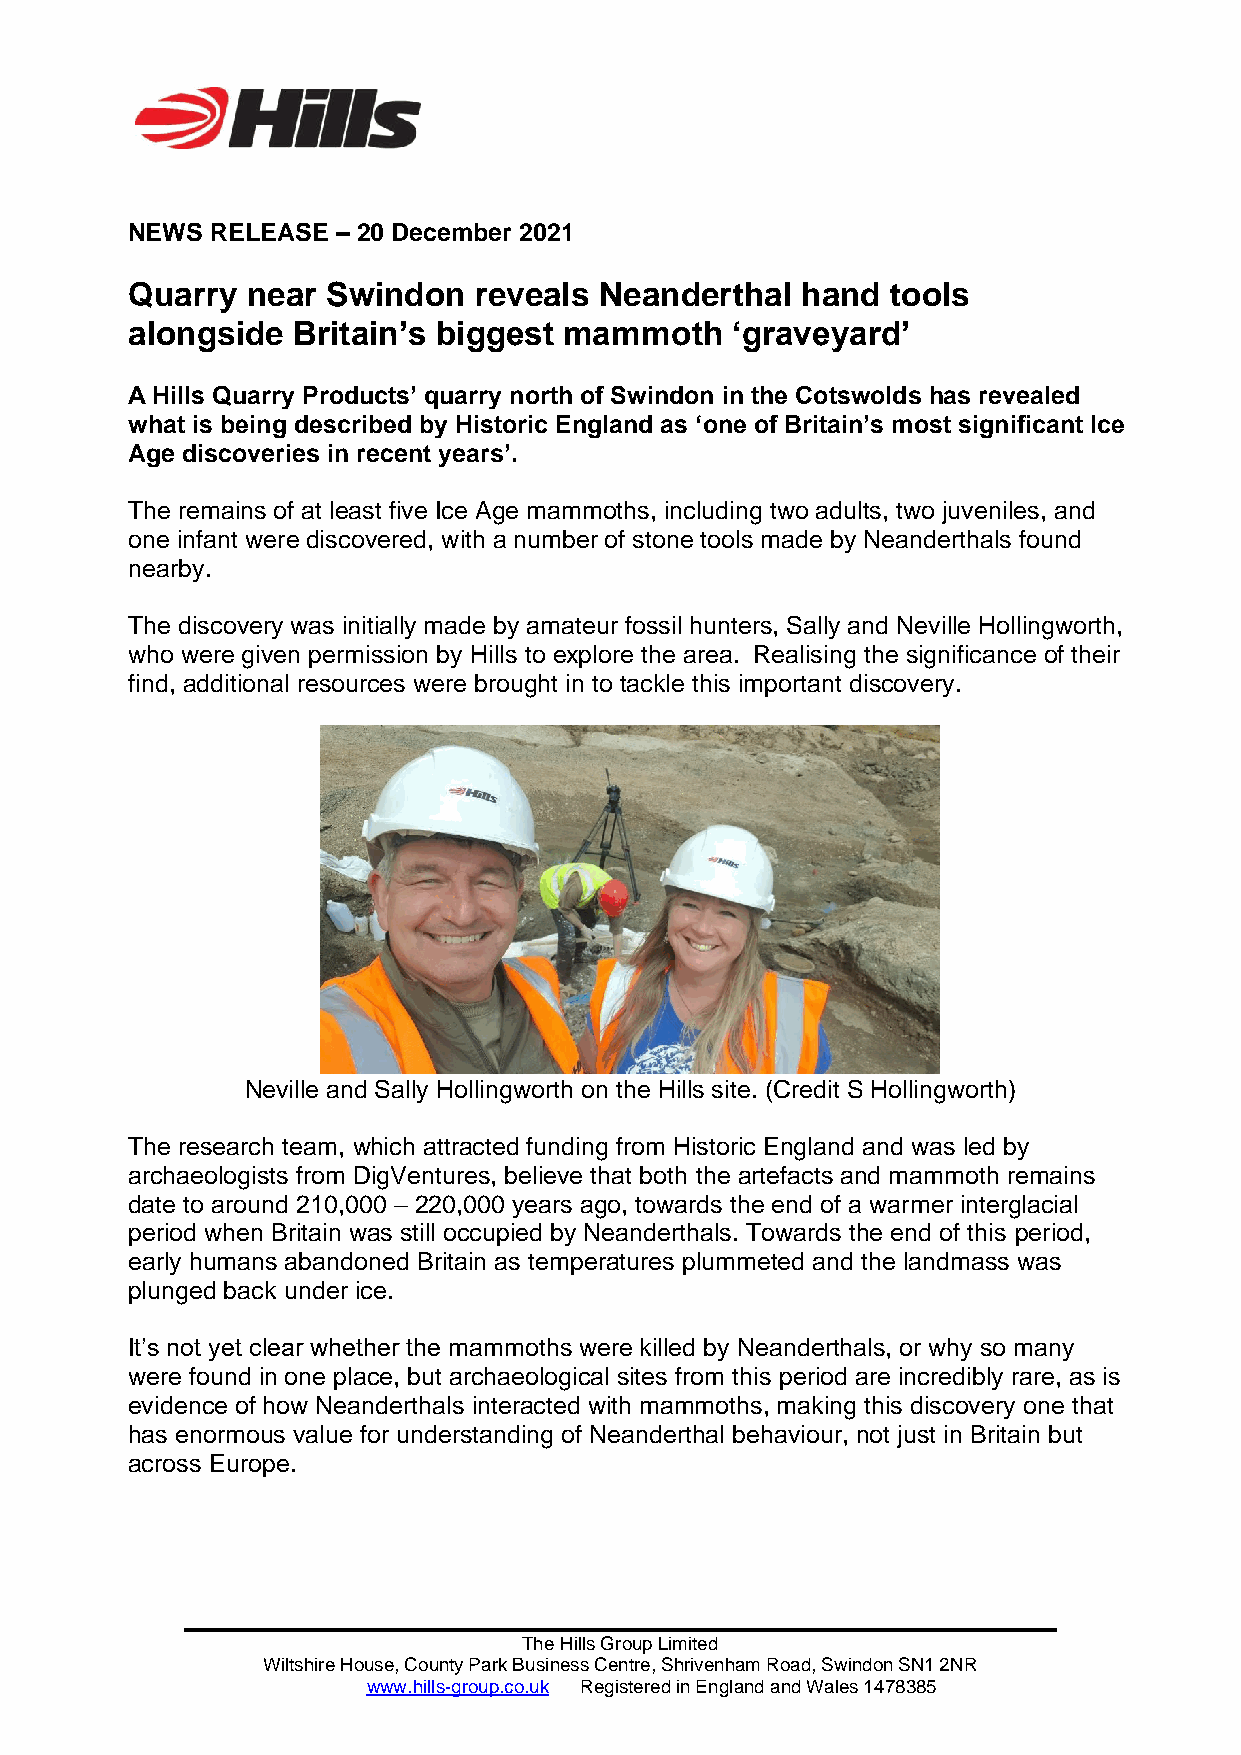
NEWS  RELEASE – 20 December 2021
 Quarry  near  Swindon  reveals  Neanderthal  hand  tools
 alongside  Britain’s biggest mammoth    ‘graveyard’
 A Hills Quarry Products’ quarry north of Swindon in the Cotswolds has revealed
 what is being described by Historic England as ‘one of Britain’s most significant Ice
 Age discoveries in recent years’.
 The remains of at least five Ice Age mammoths, including two adults, two juveniles, and
 one infant were discovered, with a number of stone tools made by Neanderthals found
 nearby.
 The discovery was initially made by amateur fossil hunters, Sally and Neville Hollingworth,
 who were given permission by Hills to explore the area. Realising the significance of their
 find, additional resources were brought in to tackle this important discovery.
 Neville and Sally Hollingworth on the Hills site. (Credit S Hollingworth)
 The research team, which attracted funding from Historic England and was led by
 archaeologists from DigVentures, believe that both the artefacts and mammoth remains
 date to around 210,000 – 220,000 years ago, towards the end of a warmer interglacial
 period when Britain was still occupied by Neanderthals. Towards the end of this period,
 early humans abandoned Britain as temperatures plummeted and the landmass was
 plunged back under ice.
 It’s not yet clear whether the mammoths were killed by Neanderthals, or why so many
 were found in one place, but archaeological sites from this period are incredibly rare, as is
 evidence of how Neanderthals interacted with mammoths, making this discovery one that
 has enormous value for understanding of Neanderthal behaviour, not just in Britain but
 across Europe.
 The Hills Group Limited
 Wiltshire House, County Park Business Centre, Shrivenham Road, Swindon SN1 2NR
 www.hills-group.co.uk Registered in England and Wales 1478385